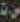
ست